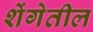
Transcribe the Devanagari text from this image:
शेंगेतील